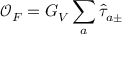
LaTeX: { \mathcal { O } } _ { F } = G _ { V } \sum _ { a } { \hat { \tau } } _ { a \pm }